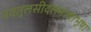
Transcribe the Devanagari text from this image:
नवतुलसीदलमालाभूषा